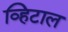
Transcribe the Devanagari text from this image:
व्हिटाल